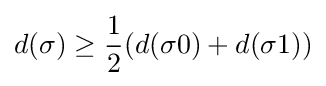
d(\sigma )\geq {\frac {1}{2}}(d(\sigma 0)+d(\sigma 1))